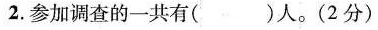
2.参加调查的一共有()人。(2分)